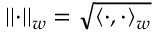
\lvert \lvert \cdot \rvert \rvert _ { w } = \sqrt { \langle \cdot , \cdot \rangle _ { w } }